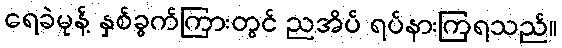
ရေခဲမုန့် နှစ်ခွက်ကြားတွင် ညအိပ် ရပ်နားကြရသည်။